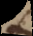
e